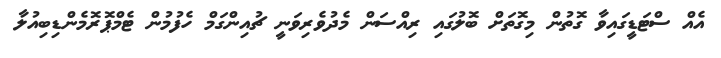
އެއް ސްޓަޑީގައިވާ ގޮތުން މިގޮތަށް ބޮލުގައި ރިއްސަން މެދުވެރިވަނީ ޗުއިންގަމް ހެފުމުން ޓެމްޕޮރޮމެންޑިބިއުލާ